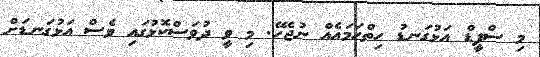
މި ސްޕީޑް އަޅުގަނޑު ހިތްހަމައެއް ނުޖެހޭ. މި ވީ ދުވަސްކޮޅުގައި ވެސް އަޅުގަނޑަށް